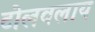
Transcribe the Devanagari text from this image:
टोलवलाय